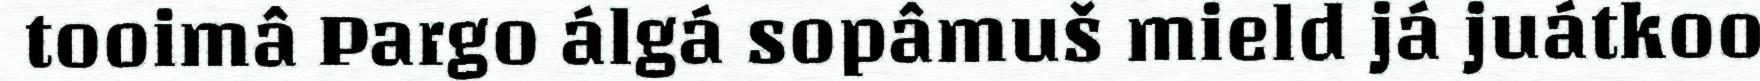
tooimâ Pargo álgá sopâmuš mield já juátkoo